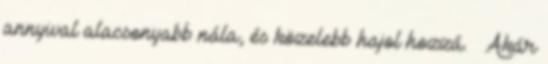
annyival alacsonyabb nála, és közelebb hajol hozzá. – Akár